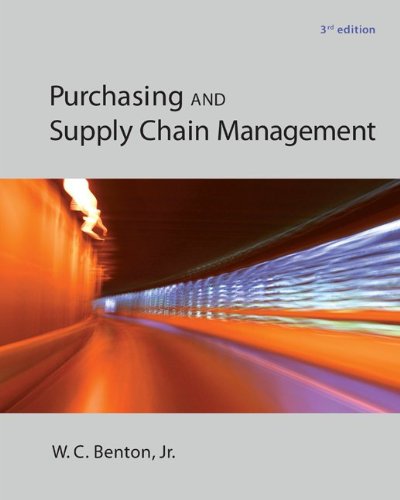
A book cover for Purchasing and Supply Chain Management (McGraw-Hill/Irwin Series in Operations and Decision Sciences); W.C. Benton; Business & Money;